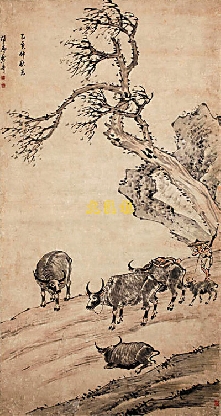
夕阳牛背无人卧，带得寒鸦两两归。